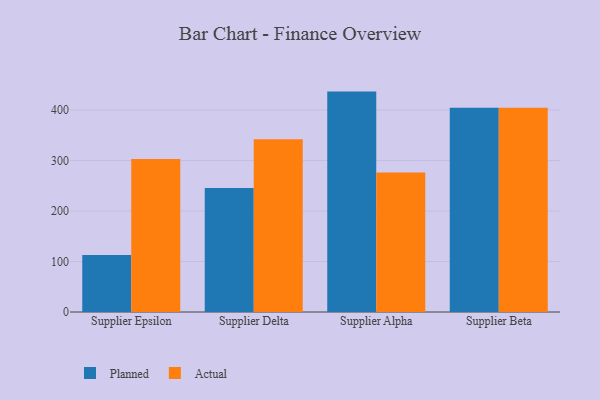
{"axis": {"x": "Supplier", "y": "Backlog"}, "legend": ["Actual", "Planned"], "data": [{"x": "Supplier Epsilon", "y": 113.1, "type": "Planned"}, {"x": "Supplier Epsilon", "y": 303.0, "type": "Actual"}, {"x": "Supplier Delta", "y": 245.4, "type": "Planned"}, {"x": "Supplier Delta", "y": 342.3, "type": "Actual"}, {"x": "Supplier Alpha", "y": 436.5, "type": "Planned"}, {"x": "Supplier Alpha", "y": 276.4, "type": "Actual"}, {"x": "Supplier Beta", "y": 404.4, "type": "Planned"}, {"x": "Supplier Beta", "y": 404.7, "type": "Actual"}]}